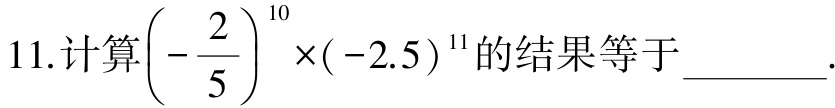
11.计算$\left(-\dfrac{2}{5}\right)^{10}\times(-2.5)^{11}$的结果等于  .